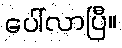
ပေါ်လာပြီ။